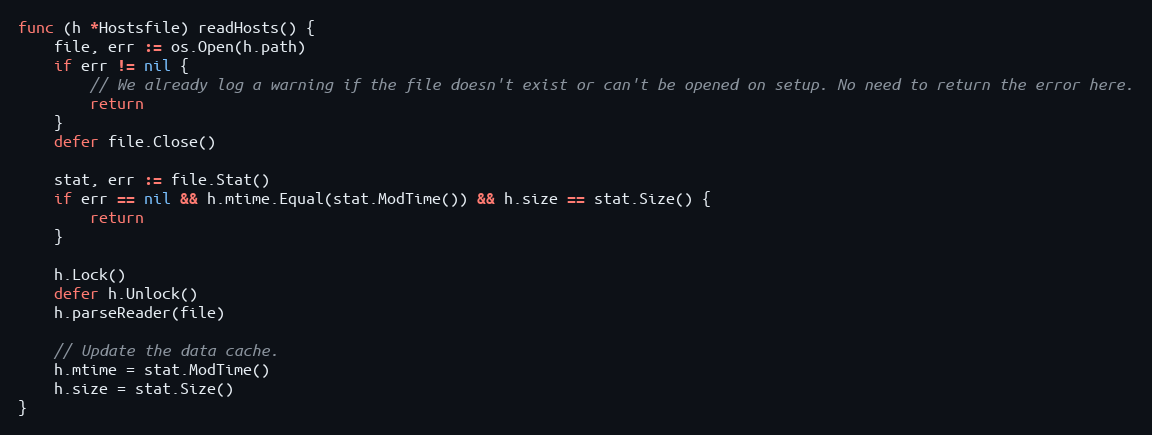
Language: Go
func (h *Hostsfile) readHosts() {
	file, err := os.Open(h.path)
	if err != nil {
		// We already log a warning if the file doesn't exist or can't be opened on setup. No need to return the error here.
		return
	}
	defer file.Close()

	stat, err := file.Stat()
	if err == nil && h.mtime.Equal(stat.ModTime()) && h.size == stat.Size() {
		return
	}

	h.Lock()
	defer h.Unlock()
	h.parseReader(file)

	// Update the data cache.
	h.mtime = stat.ModTime()
	h.size = stat.Size()
}